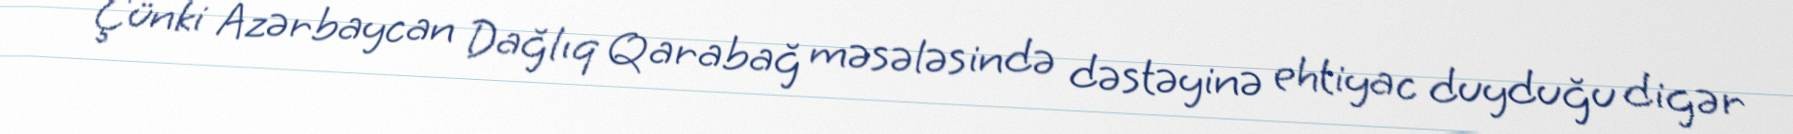
Çünki Azərbaycan Dağlıq Qarabağ məsələsində dəstəyinə ehtiyac duyduğu digər